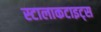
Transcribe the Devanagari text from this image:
स्टालाकटाइट्स